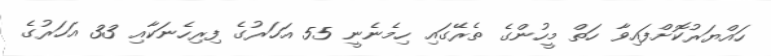
ހައްޔަރުކޮށްފައިވާ ހަތް މީހުންގެ ތެރޭގައި ހިމެނެނީ 55 އަހަރުގެ ފިރިހެނަކާއި 33 އަހަރުގެ